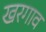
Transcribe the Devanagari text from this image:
खरगाव